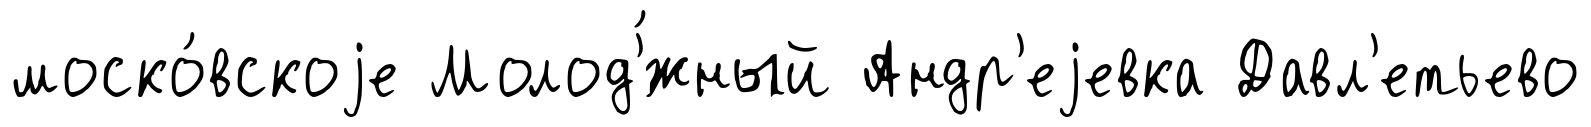
моско́вскоjе Молод'́жный Андр'еjевка Давл'етьево